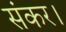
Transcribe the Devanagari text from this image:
संकर।